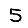
Digit: 5